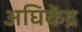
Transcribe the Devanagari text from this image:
अघिकेंद्र